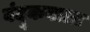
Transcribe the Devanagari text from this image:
बंदूकवाला